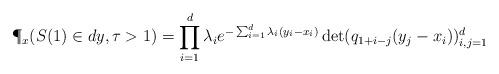
LaTeX: \begin{align*}\P_x(S(1) \in dy, \tau > 1) = \prod_{i=1}^d \lambda_i e^{-\sum_{i=1}^d \lambda_i (y_i - x_i)}\det(q_{1+i-j}(y_j - x_i))_{i, j = 1}^d\end{align*}